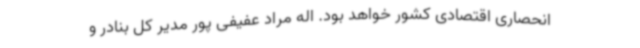
انحصاری اقتصادی کشور خواهد بود. اله مراد عفیفی پور مدیر کل بنادر و